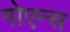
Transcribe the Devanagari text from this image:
गोएन्स